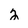
Character: 2